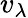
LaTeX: v_{\lambda}